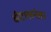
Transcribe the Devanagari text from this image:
बीटल्सनंतर